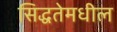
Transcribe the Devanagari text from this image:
सिद्धतेमधील